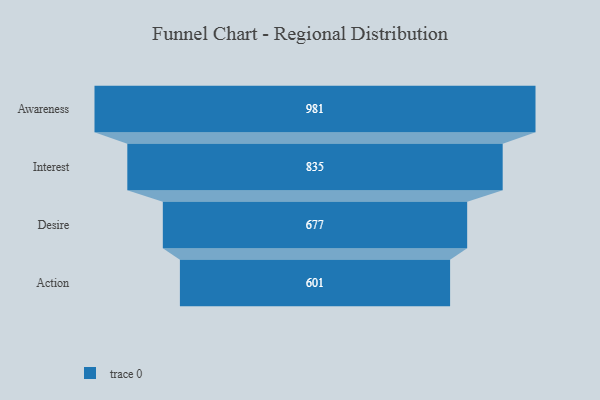
{"axis": {"x": "Stage", "y": "Value"}, "legend": [""], "data": [{"x": "Awareness", "y": 981.0, "type": ""}, {"x": "Interest", "y": 835.0, "type": ""}, {"x": "Desire", "y": 677.0, "type": ""}, {"x": "Action", "y": 601.0, "type": ""}]}